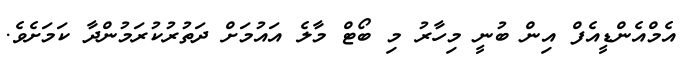
އެމްއެންޑީއެފް އިން ބުނީ މިހާރު މި ބޯޓް މާލެ އައުމަށް ދަތުރުކުރަމުންދާ ކަމަށެވެ.